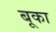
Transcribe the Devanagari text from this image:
बूका